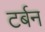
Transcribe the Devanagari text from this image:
टर्बन